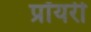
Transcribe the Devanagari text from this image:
प्रॉयरी